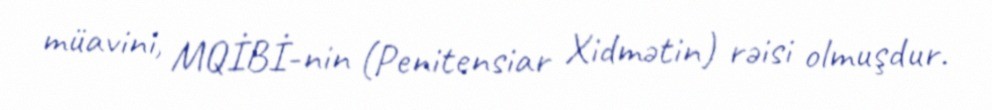
müavini, MQİBİ-nin (Penitensiar Xidmətin) rəisi olmuşdur.